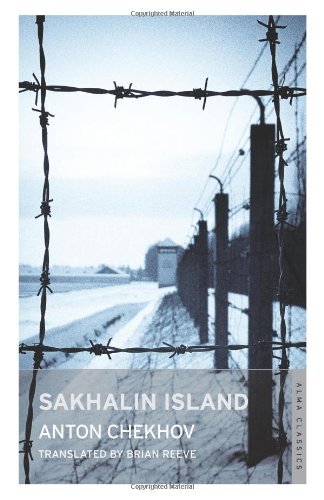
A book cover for Sakhalin Island (Alma Classics); Anton Chekhov; Travel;